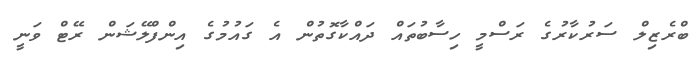
ބްރެޒިލް ސަރުކާރުގެ ރަސްމީ ހިސާބުތައް ދައްކާގޮތުން އެ ގައުމުގެ އިންފްލޭޝަން ރޭޓް ވަނީ